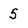
Character: 5